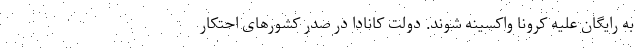
به رایگان علیه کرونا واکسینه شوند. دولت کانادا در صدر کشورهای احتکار